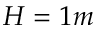
H = 1 m